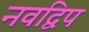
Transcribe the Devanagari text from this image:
नवद्विप